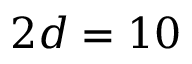
2 d = 1 0